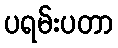
ပရမ်းပတာ